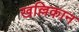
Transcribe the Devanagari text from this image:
खल्लिकान